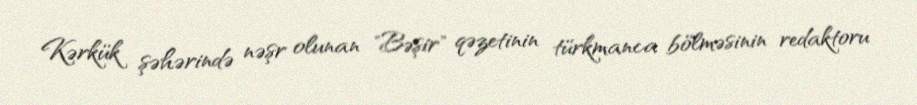
Kərkük şəhərində nəşr olunan "Bəşir" qəzetinin türkmanca bölməsinin redaktoru